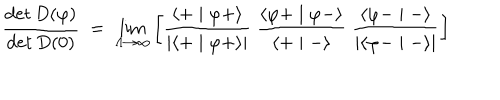
\frac { \det D ( \varphi ) } { \det D ( 0 ) } \; = \; \lim _ { \Lambda \to \infty } \left[ \frac { \langle + \mid \varphi + \rangle } { \mid \langle + \mid \varphi + \rangle \mid } \; \frac { \langle \varphi + \mid \varphi - \rangle } { \langle + \mid - \rangle } \; \frac { \langle \varphi - \mid - \rangle } { \mid \langle \varphi - \mid - \rangle \mid } \right]